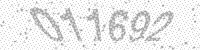
Solution: 011692